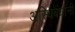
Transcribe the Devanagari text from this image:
अस्थिबंधांनी